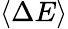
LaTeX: \langle\Delta E\rangle